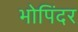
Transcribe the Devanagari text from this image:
भोपिंदर